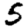
Digit: 5